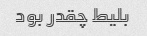
بلیط چقدر بود